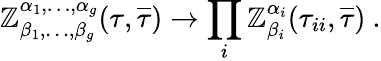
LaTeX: \mathbb{Z}_{\beta_{1},\dots,\beta_{g}}^{\alpha_{1},\dots,\alpha_{g}}(\tau,{\overline{{{{\tau}}}}})\rightarrow\prod_{i}\mathbb{Z}_{\beta_{i}}^{\alpha_{i}}(\tau_{ii},{\overline{{{{\tau}}}}})~.